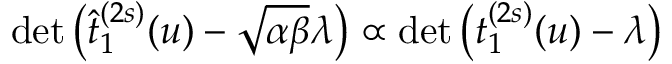
\operatorname * { d e t } \left( \widehat { t } _ { 1 } ^ { ( 2 s ) } ( u ) - \sqrt { \alpha \beta } \lambda \right) \propto \operatorname * { d e t } \left( t _ { 1 } ^ { ( 2 s ) } ( u ) - \lambda \right)